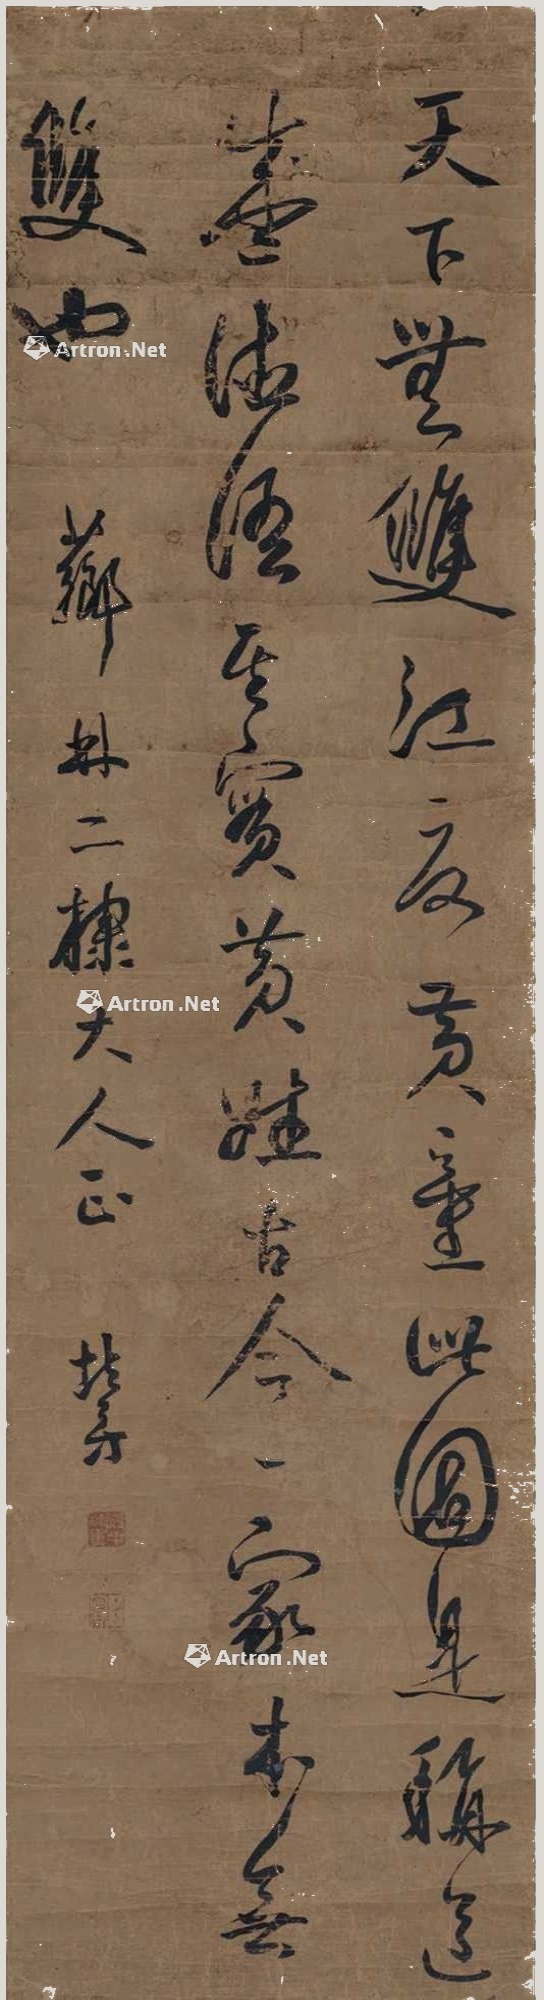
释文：天下无双，江夏黄童，此固是称道盛德语，其实黄姓古今一家，本无双也。芗林二棣大人正，北□。